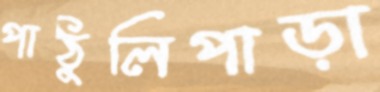
পাঠুলিপাড়া